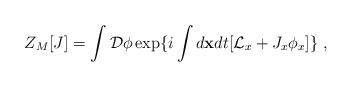
LaTeX: \begin{align*}Z_M [J]=\int {\cal D}\phi \exp\{i\int d{\bf x}dt[{\cal L}_x+J_x\phi_x]\} \;,\end{align*}